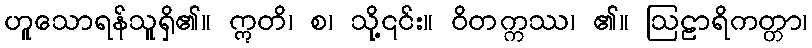
ဟူသောရန်သူရှိ၏။ ဣတိ၊ စ၊ သို့၎င်း။ ဝိတက္ကဿ၊ ၏။ ဩဠာရိကတ္တာ၊